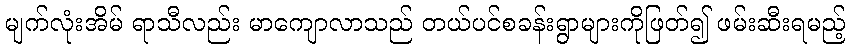
မျက်လုံးအိမ် ရာသီလည်း မာကျောလာသည် တယ်ပင်စခန်းရွာများကိုဖြတ်၍ ဖမ်းဆီးရမည့်